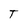
Character: T